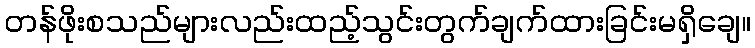
တန်ဖိုးစသည်များလည်းထည့်သွင်းတွက်ချက်ထားခြင်းမရှိချေ။